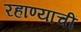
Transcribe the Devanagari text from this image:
रहाण्याचीं